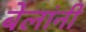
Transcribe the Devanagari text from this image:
बेलांनी